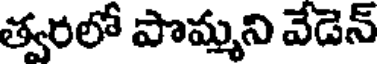
త్వరలో పొమ్మని వేడెన్